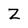
Character: Z